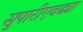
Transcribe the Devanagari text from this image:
सुपारीएवढ्या